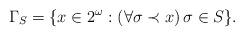
LaTeX: \begin{align*}\Gamma_S=\{x\in 2^\omega: (\forall \sigma\prec x)\,\sigma\in S\}.\end{align*}